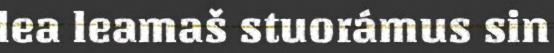
lea leamaš stuorámus sin